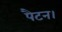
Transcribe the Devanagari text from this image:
पैटन।